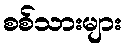
စစ်သားများ